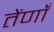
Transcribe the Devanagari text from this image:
तेंणाँ